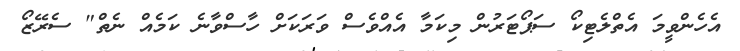
އެހެންވީމަ އެތްލެޓިކޯ ސަޕޯޓަރުން މިކަމާ އެއްވެސް ވަރަކަށް ހާސްވާނެ ކަމެއް ނެތް" ސެރޭޒޯ